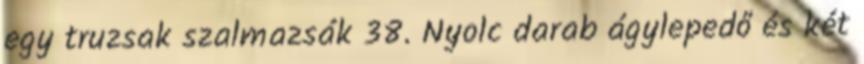
egy truzsak szalmazsák 38. Nyolc darab ágylepedő és két